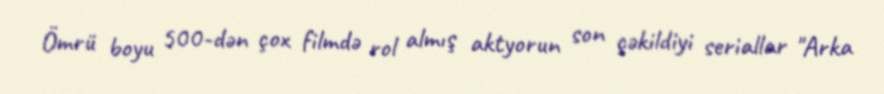
Ömrü boyu 500-dən çox filmdə rol almış aktyorun son çəkildiyi seriallar "Arka